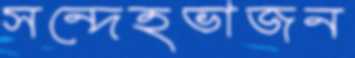
সন্দেহভাজন